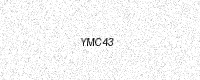
Text: YMC43